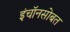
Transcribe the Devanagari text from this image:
इंचॉनसोबत